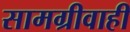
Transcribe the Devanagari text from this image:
सामग्रीवाही